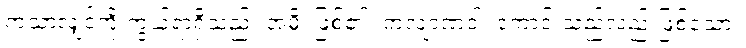
ကံသာလျှင်ကိုးကွယ်ရာရှိသည်။ အမှိ၊ ဖြစ်၏။ ကလျာဏံဝါ၊ ကောင်းသည်လည်းဖြစ်သော။